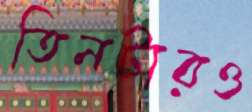
তিনটারও